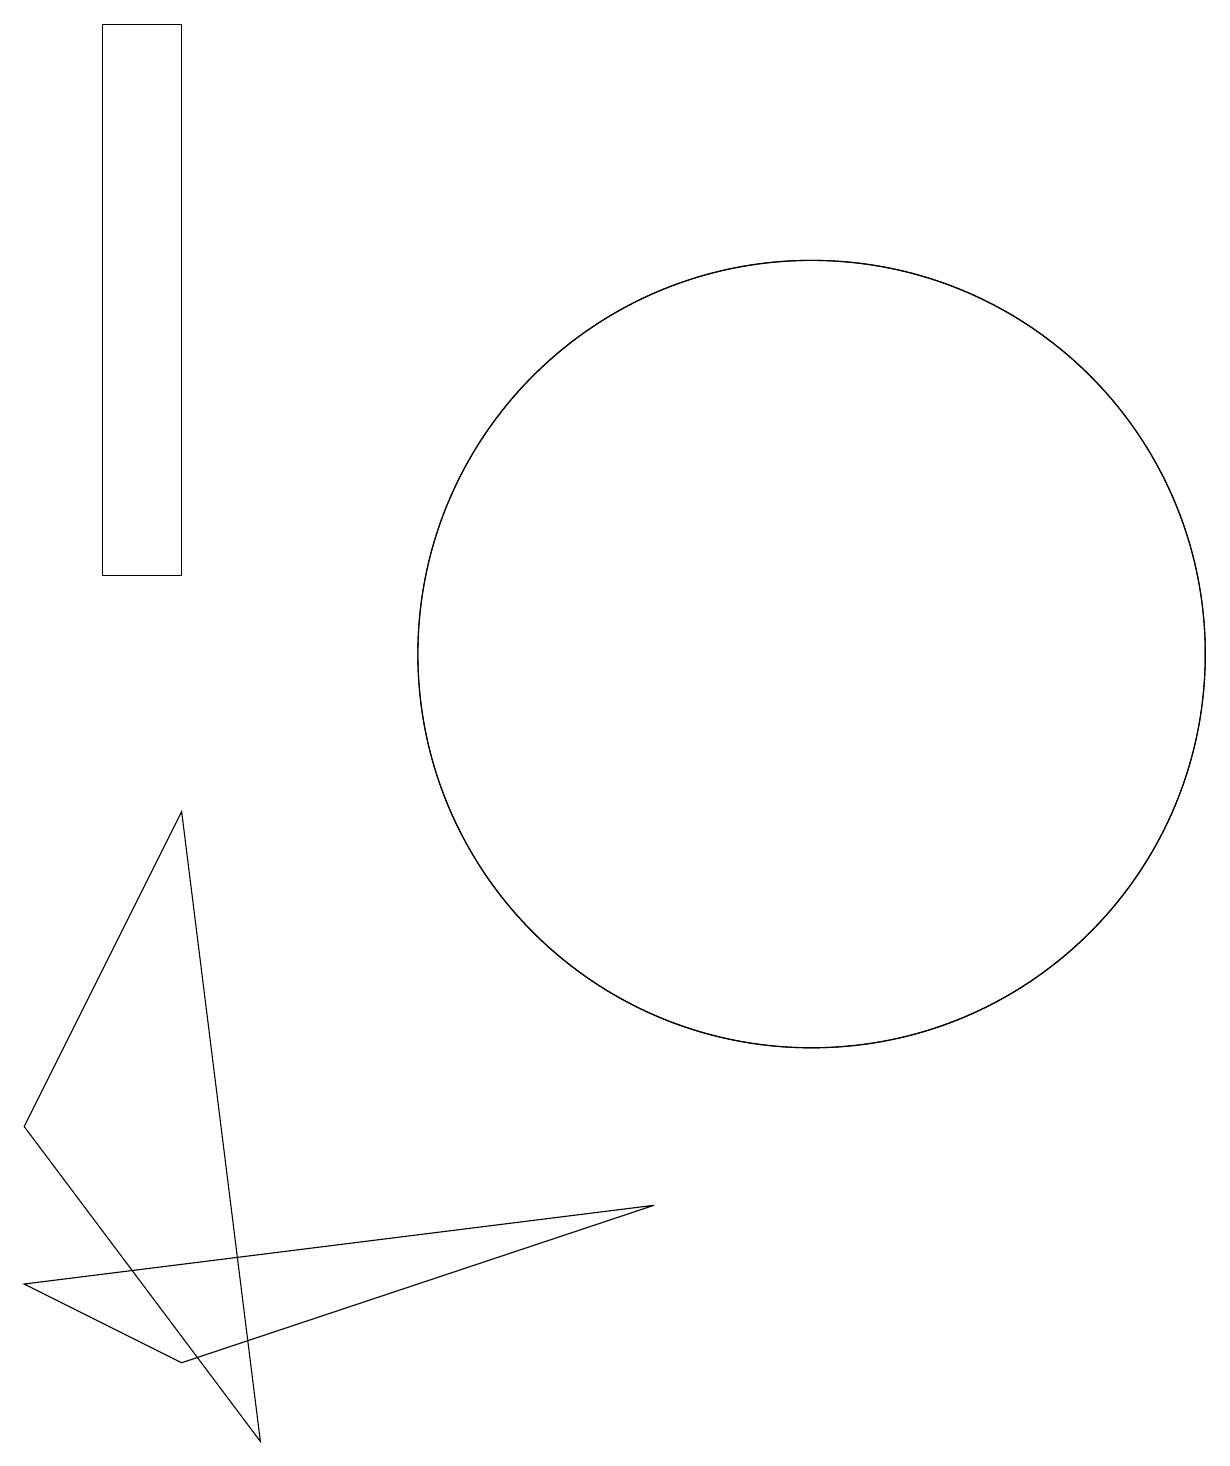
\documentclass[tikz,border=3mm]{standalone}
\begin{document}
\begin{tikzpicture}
\draw (2,8) -- (3,0) -- (0,4) -- cycle;
\draw (1,18) rectangle (2,11);
\draw (10,10) circle (5);
\draw (2,1) -- (0,2) -- (8,3) -- cycle;
\draw (10,10) circle (5);
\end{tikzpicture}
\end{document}